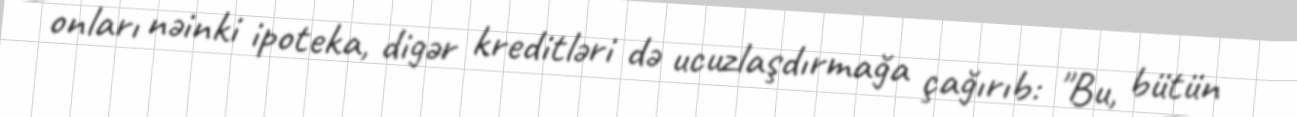
onları nəinki ipoteka, digər kreditləri də ucuzlaşdırmağa çağırıb: "Bu, bütün